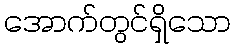
အောက်တွင်ရှိသော